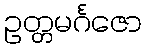
ဥတ္တမင်္ဂဇော